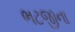
ભટજીના